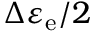
\Delta \varepsilon _ { \mathrm { e } } / 2